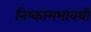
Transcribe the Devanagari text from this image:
निष्कामभावथी